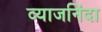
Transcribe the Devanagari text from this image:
व्याजनिंदा